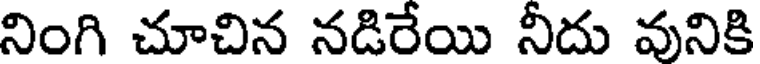
నింగి చూచిన నడిరేయి నీదు వునికి